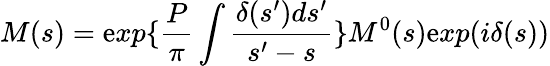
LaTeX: M(s)=\mathrm{e}xp\{ \frac{{P}}{{\pi}}\int\frac{{\delta(s^{\prime})ds^{\prime}}}{{s^{\prime}-s}}\} M^{0}(s)\mathrm{e}xp(i\delta(s))